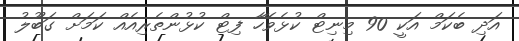
އަދި ބެކަމް އަކީ 90 މިނިޓް ކުޅެވޭހާ ފިޓް ކުޅުންތެރިއެއް ކަމަށް ގަބޫލު